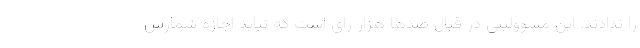
را ندادند. این مسوولیتی در قبال صدها هزار رای است که نباید اجازه شمارش